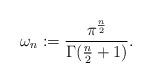
LaTeX: \begin{align*}\omega_n:= \frac{\pi^{\frac{n}{2}}}{\Gamma(\frac{n}{2}+1)}.\end{align*}